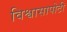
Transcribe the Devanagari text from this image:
विश्वासापोटी